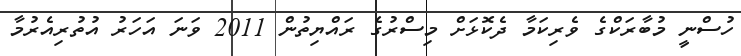
ހުސްނީ މުބާރަކްގެ ވެރިކަމާ ދެކޮޅަށް މިސްރުގެ ރައްޔިތުން 2011 ވަނަ އަހަރު އުތުރިއެރުމާ